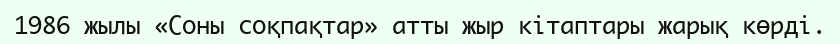
1986 жылы «Соны соқпақтар» атты жыр кітаптары жарық көрді.